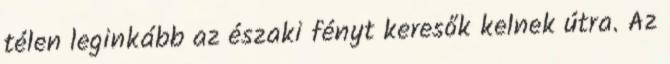
télen leginkább az északi fényt keresők kelnek útra. Az